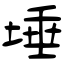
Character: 埵